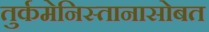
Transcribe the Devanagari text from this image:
तुर्कमेनिस्तानासोबत